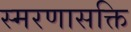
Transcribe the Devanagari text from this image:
स्मरणासक्ति